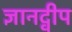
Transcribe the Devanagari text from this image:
ज्ञानद्वीप